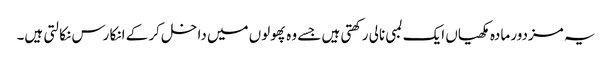
یہ مزدور مادہ مکھیاں ایک لمبی نالی رکھتی ہیں جسے وہ پھولوں میں داخل کر کے انکا رس نکالتی ہیں۔